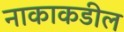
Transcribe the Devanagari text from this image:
नाकाकडील